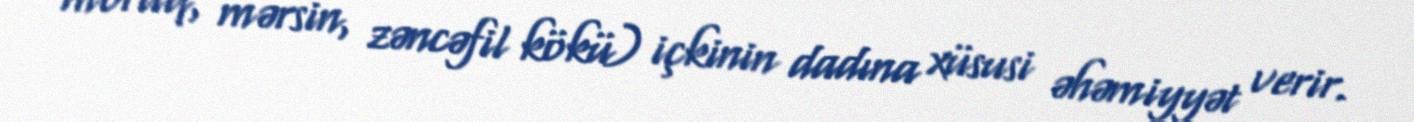
moruq, mərsin, zəncəfil kökü) içkinin dadına xüsusi əhəmiyyət verir.